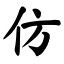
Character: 仿